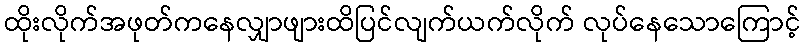
ထိုးလိုက်အဖုတ်ကနေလျှာဖျားထိပြင်လျက်ယက်လိုက် လုပ်နေသောကြောင့်